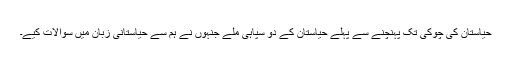
حیاستان کی چوکی تک پہنچنے سے پہلے حیاستان کے دو سپاہی ملے جنہوں نے ہم سے حیاستانی زبان میں سوالات کیے۔